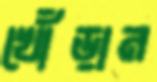
খোঁড়ান